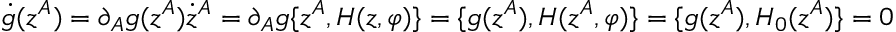
\dot { g } ( z ^ { A } ) = \partial _ { A } g ( z ^ { A } ) \dot { z } ^ { A } = \partial _ { A } g \{ z ^ { A } , H ( z , \varphi ) \} = \{ g ( z ^ { A } ) , H ( z ^ { A } , \varphi ) \} = \{ g ( z ^ { A } ) , H _ { 0 } ( z ^ { A } ) \} = 0